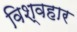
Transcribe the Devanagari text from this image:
विश्वहार